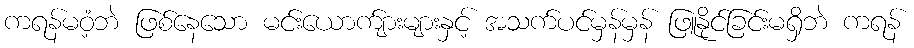
ကရန်မဝံ့ဘဲ ဖြစ်နေသော မင်းယောက်ျားများနှင့် အသက်ပင်မှန်မှန် ဖြူနိုင်ခြင်းမရှိဘဲ ကရန်